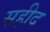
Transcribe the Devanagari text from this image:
सहीद